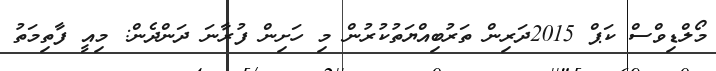
މޯލްޑިވްސް ކަޕް 2015ދަރިން ތަރުބިއްޔަތުކުރުން މި ހަށިން ފުރާނަ ދަންދެން: މިއީ ފާތިމަތު